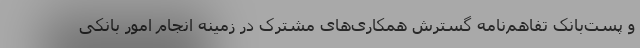
و پست‌بانک تفاهم‌نامه گسترش همکاری‌های مشترک در زمینه انجام امور بانکی